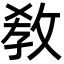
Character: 敎